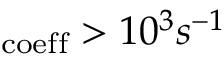
_ \mathrm { c o e f f } > 1 0 ^ { 3 } s ^ { - 1 }